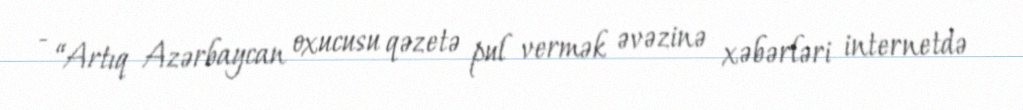
- “Artıq Azərbaycan oxucusu qəzetə pul vermək əvəzinə xəbərləri internetdə